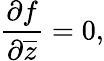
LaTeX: {\frac{\partial f}{\partial{\overline{{z}}}}}=0,